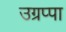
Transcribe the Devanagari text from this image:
उग्रप्पा